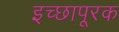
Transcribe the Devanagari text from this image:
इच्छापूरक